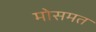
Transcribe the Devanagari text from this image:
मोसमत